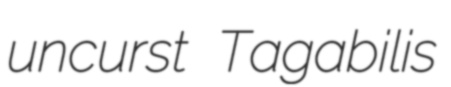
uncurst Tagabilis